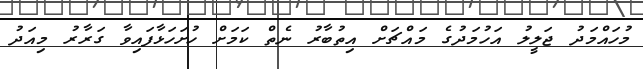
މުހައްމަދު ޖަލީލު އަހުމަދުގެ މައްޗަށް އިތުބާރު ނެތް ކަމަށް ހުށަހަޅާފައިވާ ގަރާރު މިއަދު